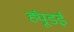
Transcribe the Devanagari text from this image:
ह्यूंडई